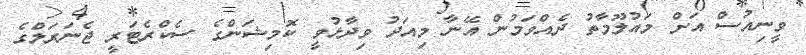
ވީނިއުސް އަށް މައުލޫމާތު ދެއްވަމުން އޭނާ މިއަދު ވިދާޅުވީ ކޮމިޝަންގެ ސެކްރެޓަރީ ޖެނަރަލްގެ